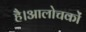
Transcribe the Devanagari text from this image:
है।आलोचकों